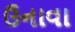
ઉનાવા